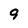
Character: 9